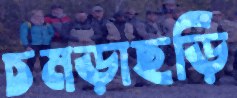
চমড়াছড়ি